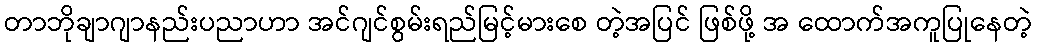
တာဘိုချာဂျာနည်းပညာဟာ အင်ဂျင်စွမ်းရည်မြင့်မားစေ တဲ့အပြင် ဖြစ်ဖို့ အ ထောက်အကူပြုနေတဲ့